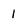
Character: I